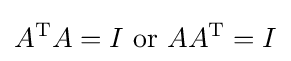
A^{\operatorname {T} }A=I{\text{ or }}AA^{\operatorname {T} }=I